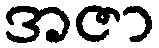
အဇာ